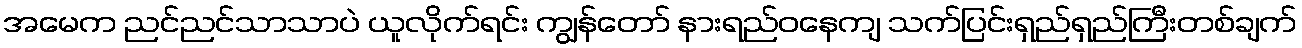
အမေက ညင်ညင်သာသာပဲ ယူလိုက်ရင်း ကျွန်တော် နားရည်ဝနေကျ သက်ပြင်းရှည်ရှည်ကြီးတစ်ချက်